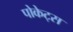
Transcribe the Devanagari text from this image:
पोकेट्स